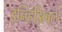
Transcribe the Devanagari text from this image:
इन्व्हिझिबल